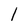
Character: l